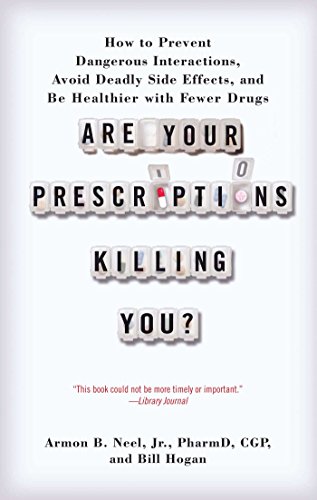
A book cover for Are Your Prescriptions Killing You?: How to Prevent Dangerous Interactions, Avoid Deadly Side Effects, and Be Healthier with Fewer Drugs; Jr., PharmD. Armon B. Neel; Parenting & Relationships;